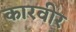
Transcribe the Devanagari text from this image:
कारवीर